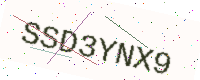
Text: SSD3YNX9